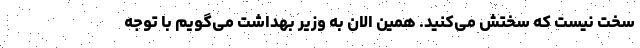
سخت نیست که سختش می‌کنید. همین الان به وزیر بهداشت می‌گویم با توجه